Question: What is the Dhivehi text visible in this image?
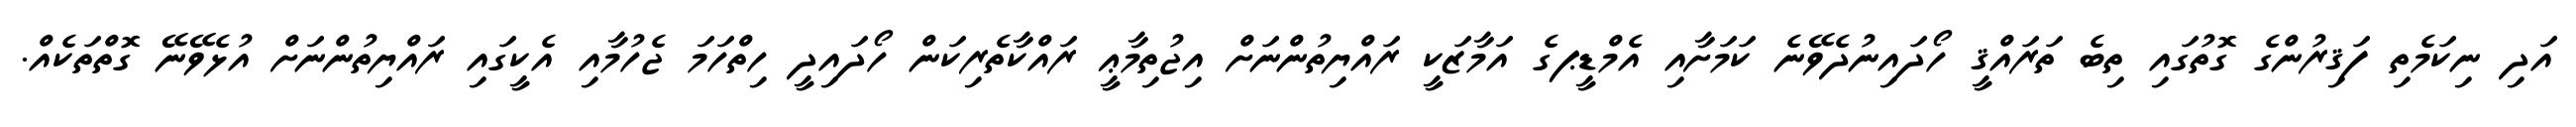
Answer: އަދި ނިކަމެތި ފަޤިރުންގެ ގޮތުގައި ތިބެ ތަރައްޤީ ހޯދައިނުދެވޭނެ ކަމަށާއި އެމްޑީޕގެ އަމާޒަކީ ރައްޔިތުންނަށް އިޖުތިމާޢީ ރައްކާތެރިކަން ހޯދައިދީ ހިތްހަމަ ޖެހުމާއި އެކީގައި ރައްޔިތުންނަށް އުޅެވޭނޭ ގޮތްތަކެއް.